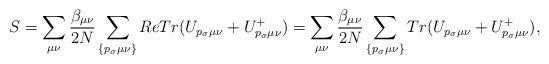
LaTeX: \begin{align*}S=\sum\limits_{\mu\nu}\frac{\beta_{\mu\nu}}{2N}\sum\limits_{\{p_{\sigma}\mu\nu\}} ReTr(U_{p_{\sigma}\mu\nu}+U^{+}_{p_{\sigma}\mu\nu})=\sum\limits_{\mu\nu}\frac{\beta_{\mu\nu}}{2N}\sum\limits_{\{p_{\sigma}\mu\nu\}} Tr(U_{p_{\sigma}\mu\nu}+U^{+}_{p_{\sigma}\mu\nu}),\end{align*}